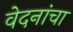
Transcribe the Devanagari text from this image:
वेदनांचा